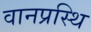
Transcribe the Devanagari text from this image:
वानप्रस्थि